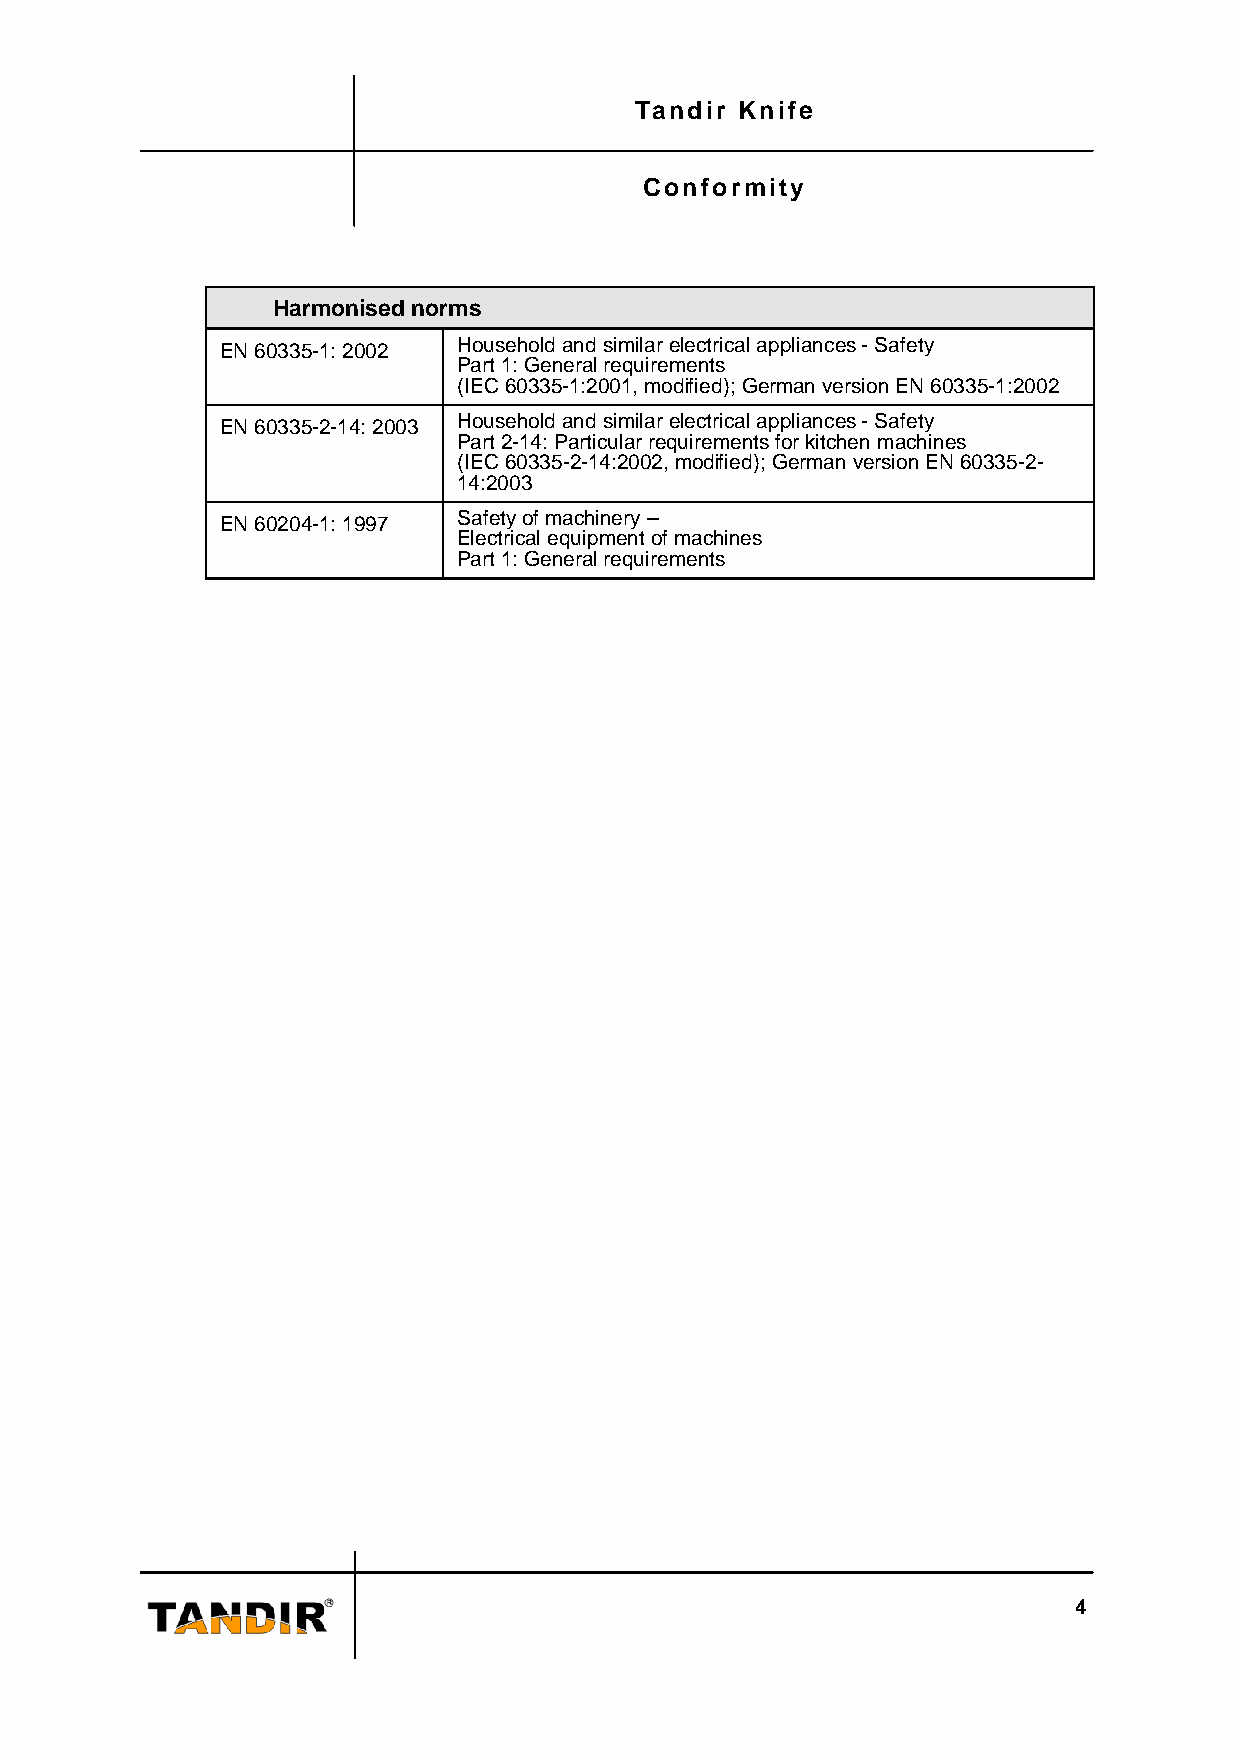
Tandir Knife
 Conformity
 Harmonised norms
 EN 60335-1: 2002 Household and similar electrical appliances - Safety
 Part 1: General requirements
 (IEC 60335-1:2001, modified); German version EN 60335-1:2002
 EN 60335-2-14: 2003 Household and similar electrical appliances - Safety
 Part 2-14: Particular requirements for kitchen machines
 (IEC 60335-2-14:2002, modified); German version EN 60335-2-
 14:2003
 EN 60204-1: 1997 Safety of machinery –
 Electrical equipment of machines
 Part 1: General requirements
 4